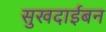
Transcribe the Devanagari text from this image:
सुखदाईबन